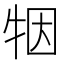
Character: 㸶